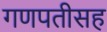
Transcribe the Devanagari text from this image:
गणपतीसह